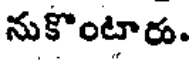
నుకొంటారు.